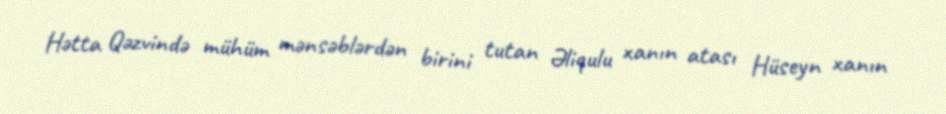
Hətta Qəzvində mühüm mənsəblərdən birini tutan Əliqulu xanın atası Hüseyn xanın